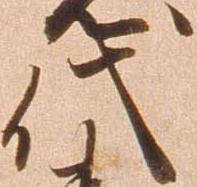
代